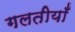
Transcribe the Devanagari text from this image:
गलतीयाँ